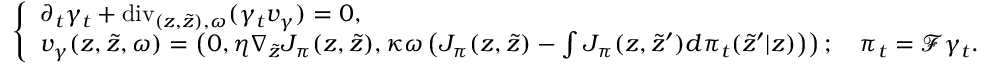
\left\{ \begin{array} { l l } { \partial _ { t } \gamma _ { t } + \mathrm { d i v } _ { ( z , \tilde { z } ) , \omega } ( \gamma _ { t } v _ { \gamma } ) = 0 , } \\ { v _ { \gamma } ( z , \tilde { z } , \omega ) = \left( 0 , \eta \nabla _ { \tilde { z } } J _ { \pi } ( z , \tilde { z } ) , \kappa \omega \left( J _ { \pi } ( z , \tilde { z } ) - \int J _ { \pi } ( z , \tilde { z } ^ { \prime } ) d \pi _ { t } ( \tilde { z } ^ { \prime } | z ) \right) \right) ; \quad \pi _ { t } = \mathcal { F } \gamma _ { t } . } \end{array} \right.